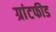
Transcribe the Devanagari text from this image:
ग्रांटफीड